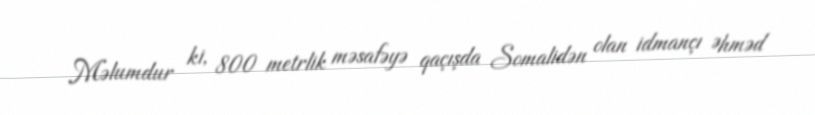
Məlumdur ki, 800 metrlik məsafəyə qaçışda Somalidən olan idmançı Əhməd